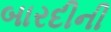
બારદીની